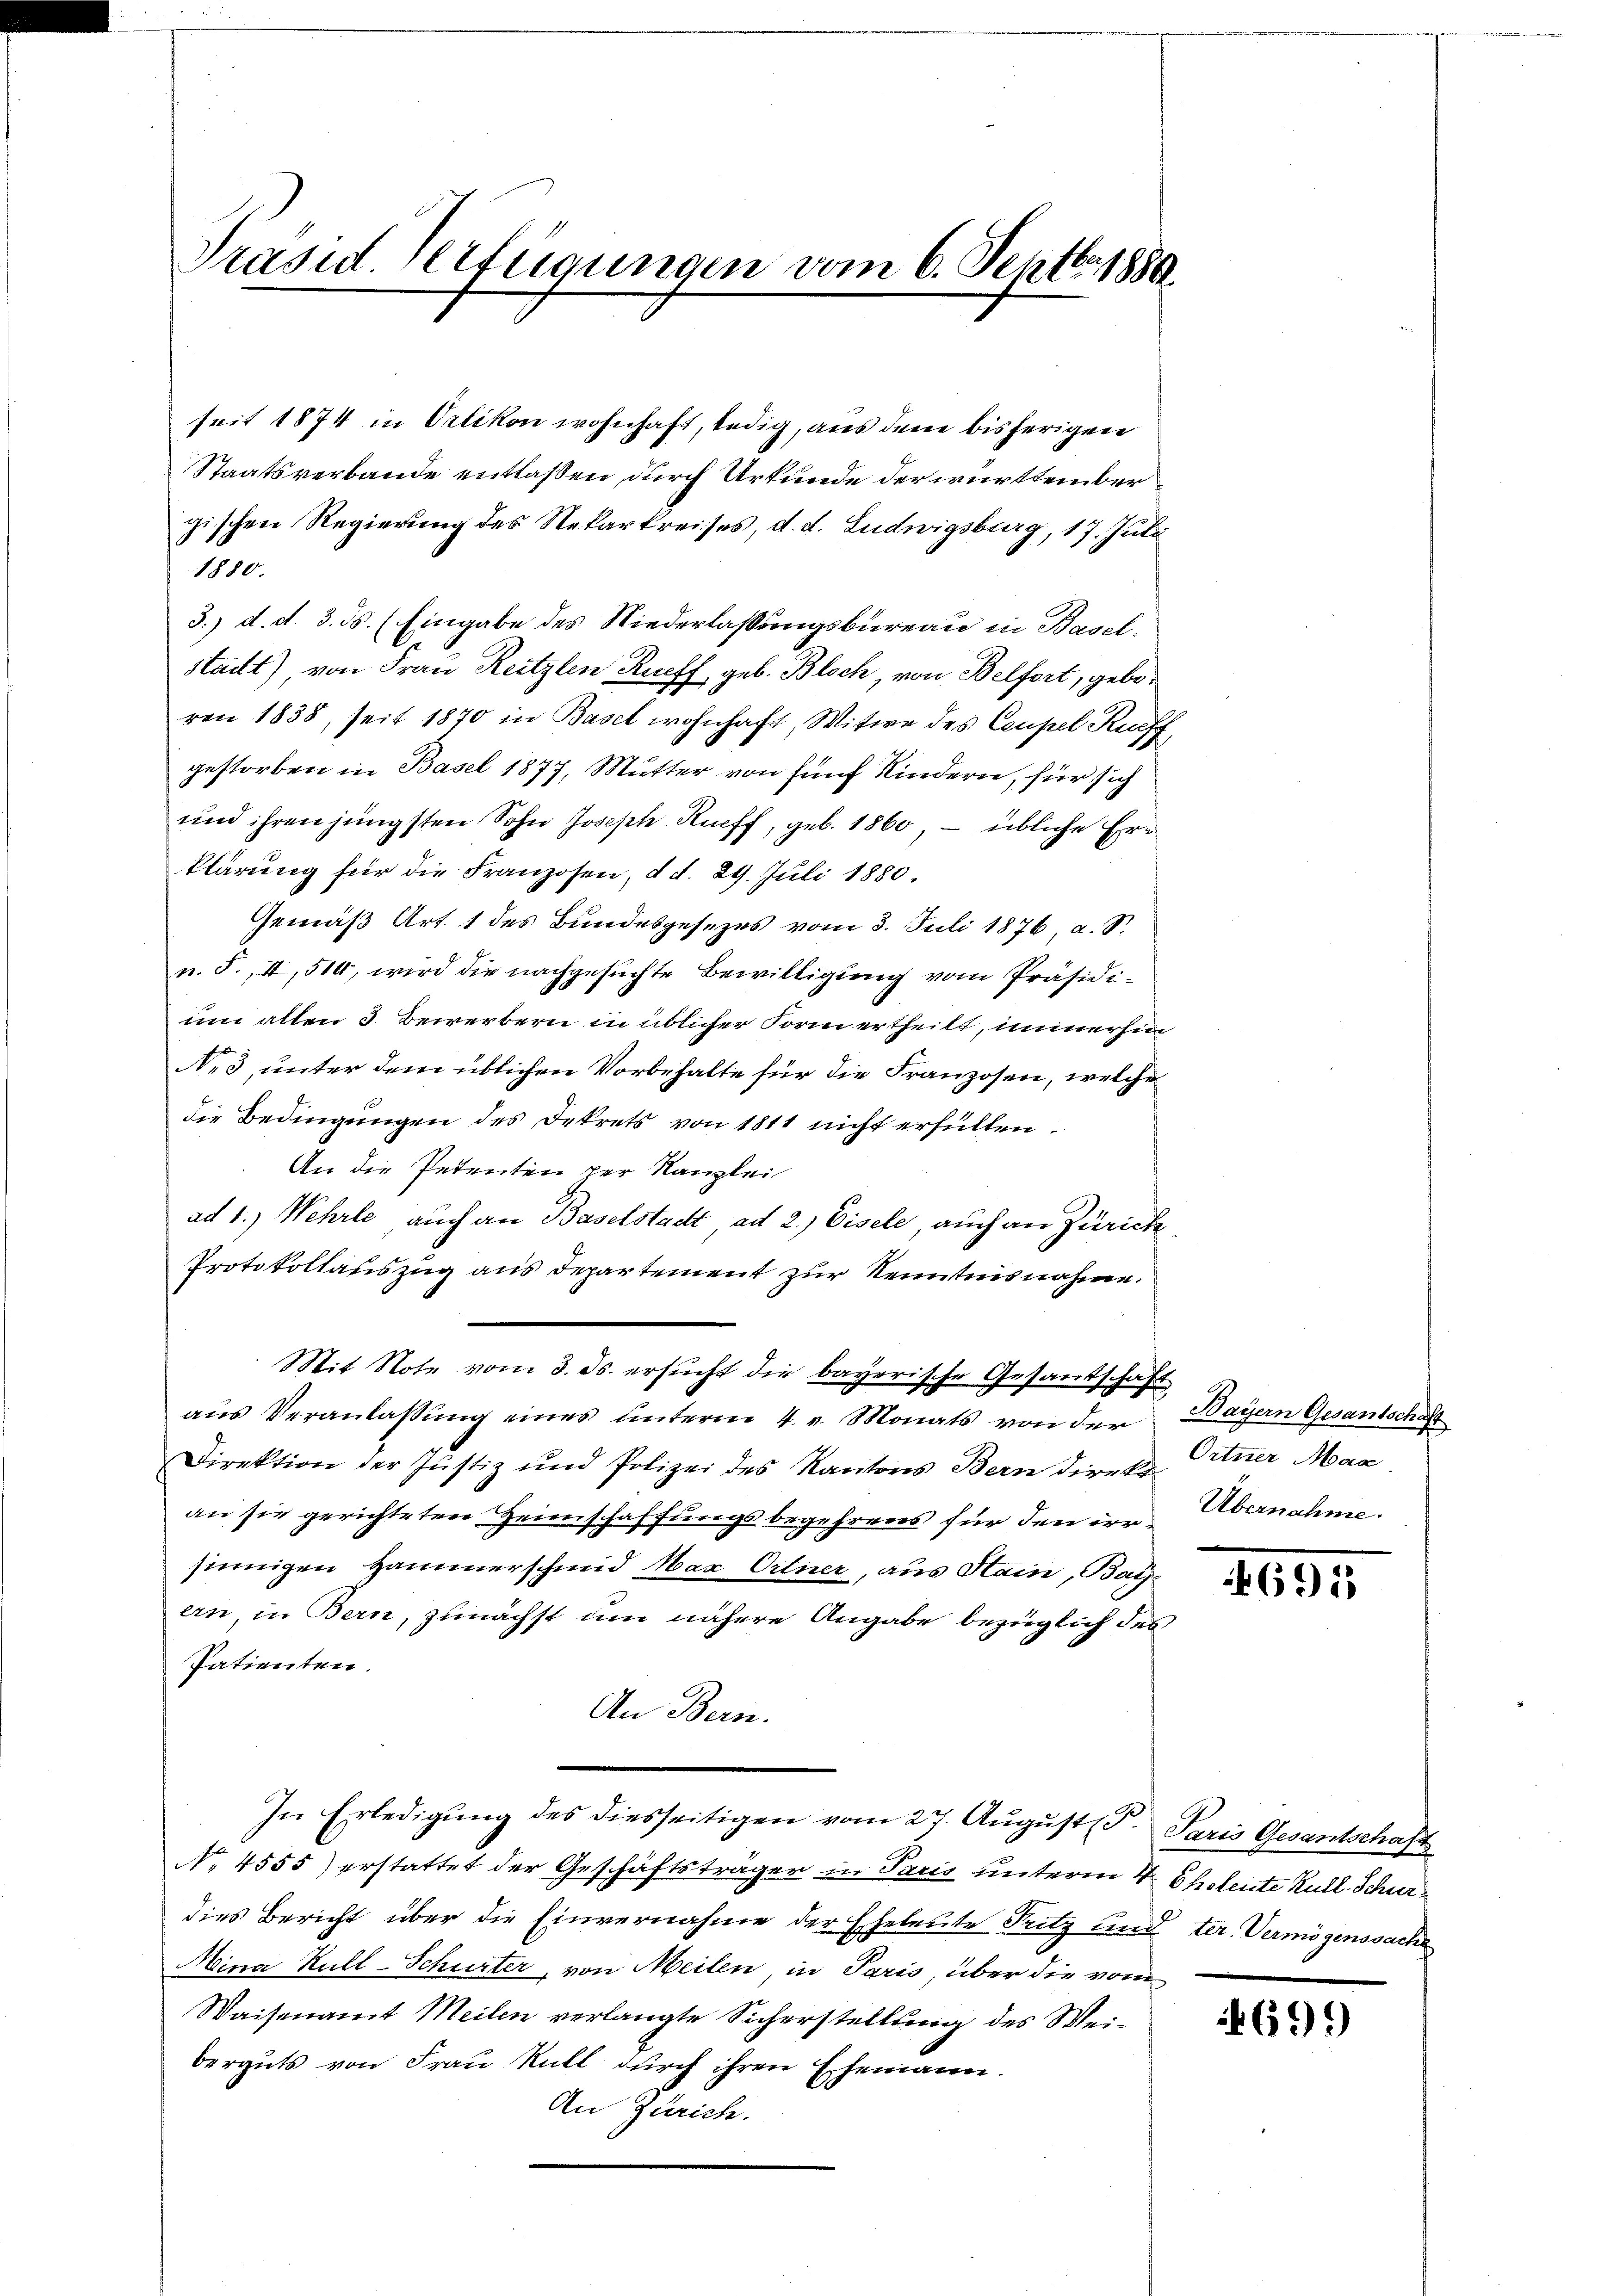
Präsid. Verfügungen vom 6. Septbr. 1880.

seit 1874 in Oetikon wohnhaft, ledig, aus dem bisherigen
Staatsverbande entlassen durch Urkunde der württember
gischen Regierung des Rekarkreises, d. d. Ludwigsburg, 17. Juli
1880.
3.) d. d. 3. ds. (Eingabe des Niederlassungsbureau in Basel¬
Stadt), von Frau Reitzlen Rueff, geb. Bloch, von Belfort, geboren 1838, seit 1870 in Basel wohnhaft, Witwe des Ceupel Rueff
gestorben in Basel 1877, Mutter von fünf Kindern, für sich
und ihren jüngsten Sohn Joseph Rueff, geb. 1860 – übliche Erklärung für die Franzosen, d. d. 29. Juli 1880.
Gemäß Art. 1 des Bundesgesezes vom 3. Juli 1876, a. S.
u. S., II, 510, wird die nachgesuchte Bewilligung vom Präsidium allen 3 Bewerbern in üblicher Form ertheilt, immerhin
Ne3, unter dem üblichen Vorbehalte für die Franzosen, welche
die Bedingungen des Dekrets von 1811 nicht erfüllen.
An die Petenten per Kanzlei
ad 1.) Wehrle auch an Baselstadt ad 2.) Disele, auch an Zürich
Protokollauszug aus Departement zur Kenntnisnahme.
Mit Note vom 3. ds. ersucht die bayerische Gesandschaft
aŭs Veranlassŭng eines unterm 4. v. Monats von der
Direktion der Justiz und Polizei des Kantons Bern direkt
an sie gerichteten Heimschaffungsbegehrens für den irrsinnigen Hammerschmid Max Ortner, aus Hain, Bayern, in Bern, zunächst um nähere Angabe bezüglich des
Patienten.
An Bern.
In Erledigŭng des diesseitigen vom 27. August (T. Paris Gesantschaft
No. 4555) erstattet der Geschäftsträger in Paris unterm 4. Cholente Kull. Schurdies Bericht über die Einvernahme der Eheleute Pritz und ter. Vermögenssache
Mina Kull-Schurter, von Meilen, in Paris, über die vom
Waisenamt Meilen verlangte Sicherstellung des Weiberguts von Frau Kull durch ihren Ehemann.
An Zürich.

Bayern Gesantschäft
Ortner Mag.
Übernahme.

1691

699